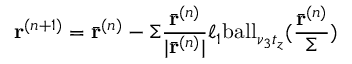
\mathbf { r } ^ { ( n + 1 ) } = \bar { \mathbf { r } } ^ { ( n ) } - \Sigma \frac { \bar { \mathbf { r } } ^ { ( n ) } } { | \bar { \mathbf { r } } ^ { ( n ) } | } \ell _ { 1 } \mathrm { b a l l } _ { \nu _ { 3 } { t } _ { z } } ( \frac { \bar { \mathbf { r } } ^ { ( n ) } } { \Sigma } )